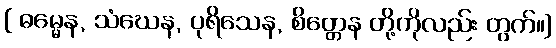
[ ဓမ္မေန, သံဃေန, ပုရိသေန, စိတ္တေန တို့ကိုလည်း တွက်။]